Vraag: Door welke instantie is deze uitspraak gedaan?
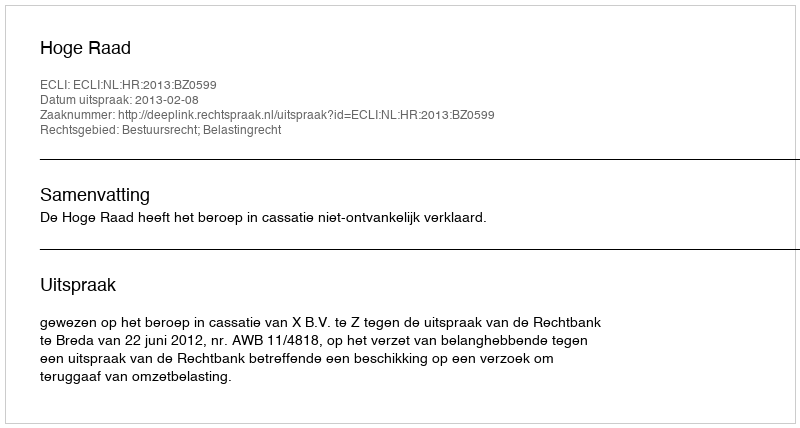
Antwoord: Hoge Raad